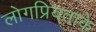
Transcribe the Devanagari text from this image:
लोगप्रियताके